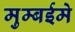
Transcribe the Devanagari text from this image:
मुम्बईमे